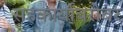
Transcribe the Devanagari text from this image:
सहकार्यांबरोबर